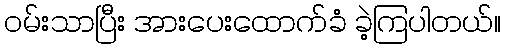
ဝမ်းသာပြီး အားပေးထောက်ခံ ခဲ့ကြပါတယ်။